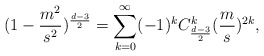
\begin{align*}(1-\frac{m^{2}}{s^{2}})^{\frac{d-3}{2}}=\sum_{k=0}^{\infty}(-1)^{k}C^{k}_{\frac{d-3}{2}}(\frac{m}{s})^{2k},\end{align*}